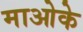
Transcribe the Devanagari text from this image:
माओके